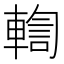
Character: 輷